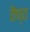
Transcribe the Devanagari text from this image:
वैष्ठ